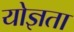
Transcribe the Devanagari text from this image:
योज्ञता